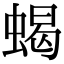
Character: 蝎